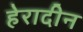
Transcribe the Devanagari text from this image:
हेरादीन